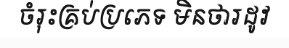
ចំរុះគ្រប់ប្រភេទ មិនថារដូវ